Vaccination North-Western Provinces 1866-1877 - 1866-1877
Year: 1866
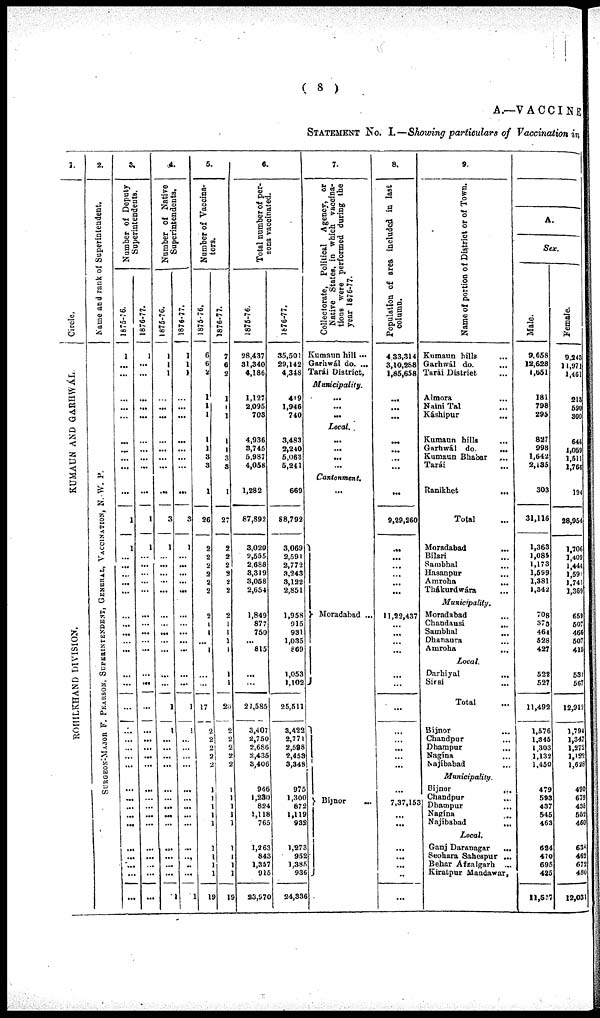
( 8 )
A.—VACCINE
STATEMENT No. I.—Showing particulars of Vaccination in
1.
Circle.
KUMAUN AND GARHWAL
ROHILKHAND DIVISION.
2.
Name and rank of Superintendent.
SURGEON-MAJOR F. P EARS ON, S UP E RINT E NDE NT , GENERAL, VACCINAT ION, N. -W. P.
3.
Number of Deputy
Superintendents.
1875-76.
1
...
...
...
...
...
...
...
...
...
1
1
...
...
...
...
...
...
...
...
...
...
...
...
...
...
...
... ...
...
...
...
... ...
...
...
...
...
...
1876-77.
1
...
...
...
...
...
...
...
...
...
...
1
1
...
...
...
...
...
...
...
...
...
...
...
...
...
...
...
...
...
...
...
...
...
...
...
...
...
...
4.
Number of Native
Superintendents.
1875-76.
1
1
1
...
...
...
...
...
...
...
...
3
1
...
...
...
...
...
...
...
...
...
...
...
1
1
...
...
...
...
...
...
...
...
...
...
...
...
...
1
1876-77.
1
1
1
...
...
...
...
...
...
...
...
3
1
...
...
...
...
...
...
...
...
...
...
...
1
1
...
...
...
...
...
...
...
...
...
...
...
...
1
5.
Number of Vaccina-
tors.
1875-76.
6
6
2
1
1
1
1
1
3
3
1
26
2
2
2
2
2
2
2
1
1
...
1
...
...
17
2
2
2
2
2
1
1
1
1
1
1
1
1
1
19
1876-77.
7
6
2
1
1
1
1
1
3
3
1
27
2
2
2
3
2
2
2
1
1
1
1
1
1
20
2
2
2
2
2
1
1
1
1
1
1
1
1
1
19
6.
Total number of per-
sons vaccinated.
1875-76.
28,437
31,340
4,186
1,127
2,095
703
4,936
3,745
5,987
4,058
1,282
87,892
3,020
2,555
2,688
3,319
3,058
2,654
1,849
877
750
...
815
...
...
21,585
3,407
2,750
2,686
2,435
3,406
966
1,230
824
1,118
765
1,263
843
1,357
915
23,970
1876-77.
35,501
29,142
4,348
419
1,946
740
3,483
2,240
5,063
5,241
669
88,792
3,069
2,591
2,772
3,243
3,122
2,851
1,958
915
931
1,035
869
1,053
1,102
25,511
3,422
2,771
2,598
2,453
3,348
975
1,300
872
1,119
932
1,273
952
1,385
936
24,336
7.
Collectorate, Political Agency, or
Native States, in which vaccina-
tions were performed during the
year 1876-77.
Kumaun hill ...
Garhwál do. ...
Tarái District,
Municipality.
...
...
...
Local.
...
...
...
...
Cantonment.
...
Moradabad ...
Bijnor
...
8.
Population of area included in last
column.
4 33,314
3,10,288
1,85,658
...
...
...
...
...
...
...
...
9,29,260
...
...
...
...
...
...
11,22,437
...
...
...
...
...
...
...
...
...
...
...
...
7,37,153
...
...
...
...
...
...
...
9.
Name of portion of District or of Town.
Kumaun hills
Garhwál do.
Tarái District
Almora
Naini Tal
Káshipur
Kumaun hills
Garhwál do.
Kumaun Bhabar
Tarái
Ranikhet
Total
Moradabad
Bilari
Sambhal
Hasanpur
Amroha
Thákurdwára
Municipality.
Moradabad
Chandausi
Sambhal
Dhanaura
Amroha
Local.
Darhiyal
Sirsi
Total
Bijnor
Chandpur
Dhampur
Nagína
Najíbabad
Municipality.
Bijnor
Chandpur
Dhampur
Nagína
Najíbabad
Local.
Ganj Daranagur
Seohara Sahespur
Behar Afzalgarh
...
...
...
...
...
...
...
...
...
...
...
...
...
...
...
...
...
...
...
...
...
...
...
...
...
...
...
...
...
...
...
...
...
...
...
...
...
...
...
Kiratpur Mandawar,
A.
Sex.
Male.
9,658
12,628
1,651
181
798
295
827
998
1,642
2,135
303
31,116
1,363
1,086
1,173
1,599
1,381
1,342
708
373
464
528
427
522
527
11,492
1,576
1,345
1,303
1,132
1,450
479
593
437
545
463
624
470
695
425
11,537
Female.
9,243
11,971
1,461
213
590
300
646
1,059
1,511
1,766
194
28,954
1,706
1,409
1,444
1,591
1.741
1,369
659
507
466
507
415
531
567
12,912
1,794
1,347
1,272
1,122
1,628
490
679
435
552
460
638
462
672
480
12,031